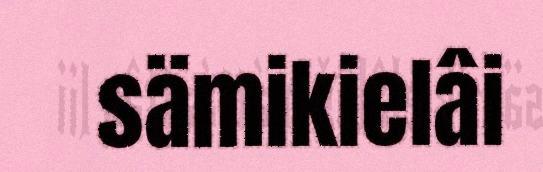
sämikielâi